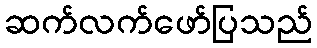
ဆက်လက်ဖော်ပြသည်